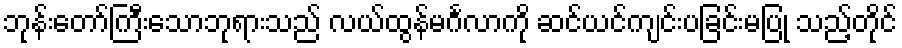
ဘုန်းတော်ကြီးသောဘုရားသည် လယ်ထွန်မင်္ဂလာကို ဆင်ယင်ကျင်းပခြင်းမပြု သည့်တိုင်